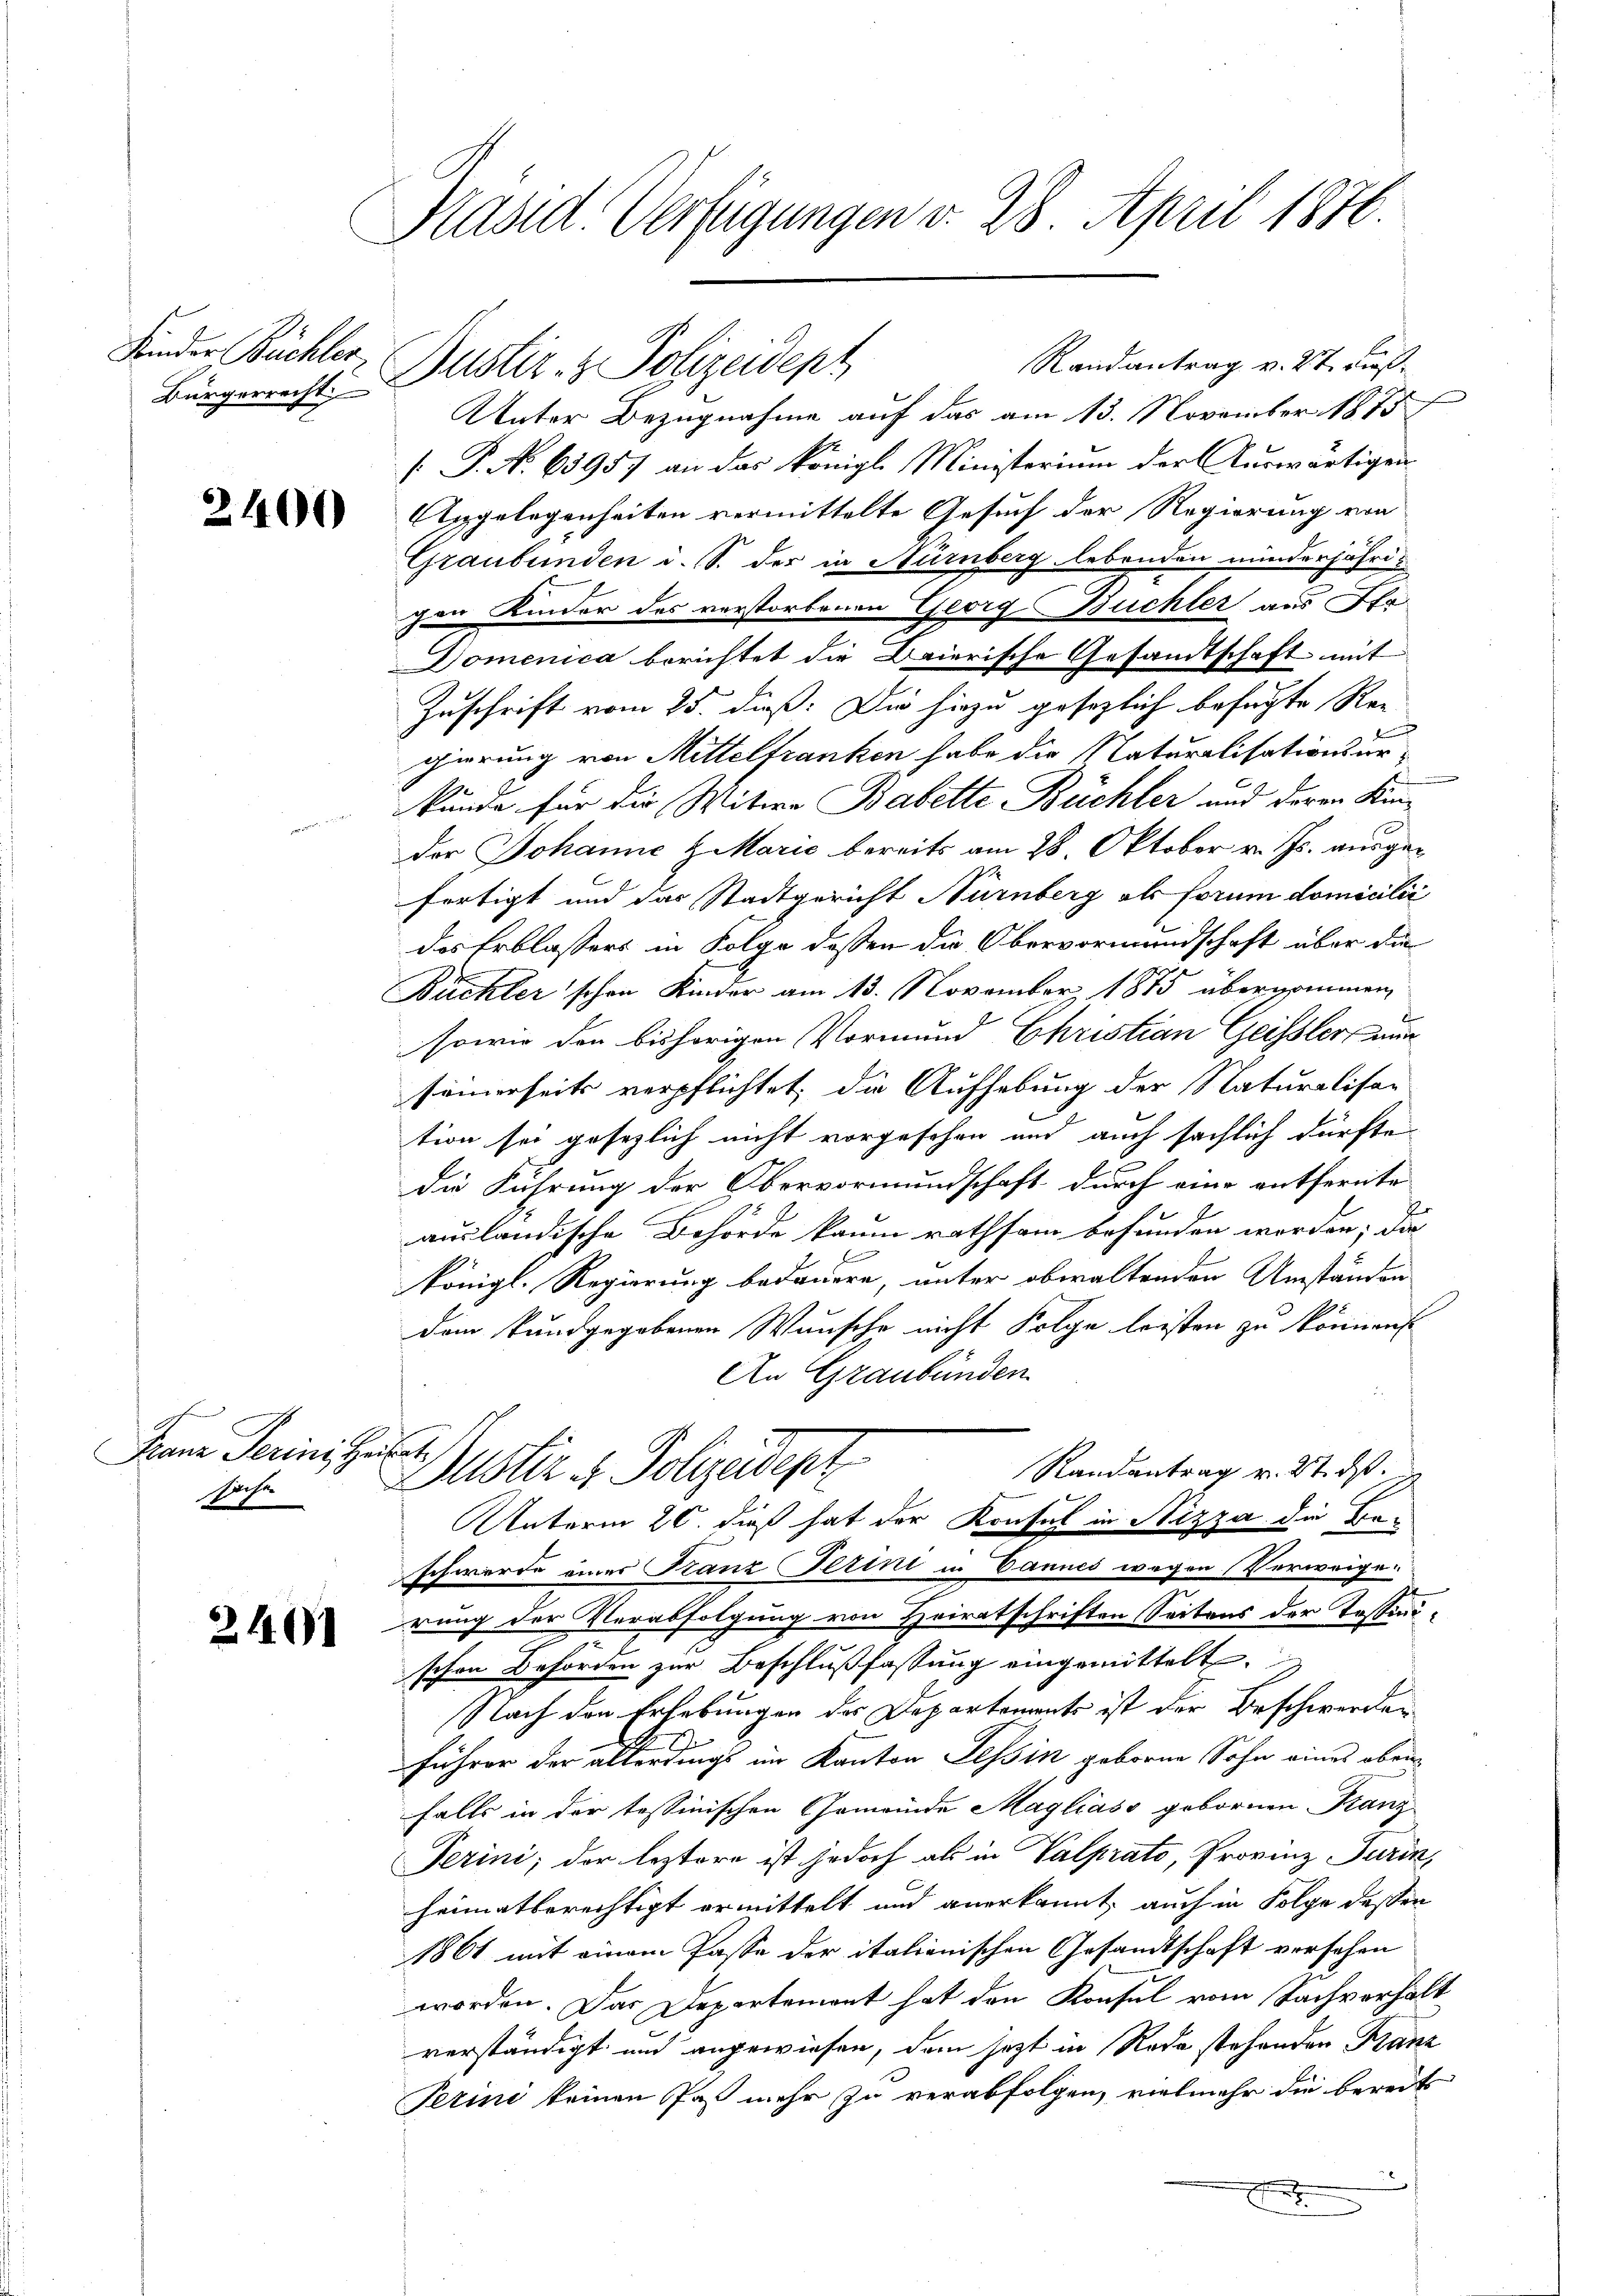
Kinder Büchler

2400

Franz Perinische
siche

2401

Präsid. Verfügungen v. 28. April 1876.

Randantrag v. 27. dieß
Unter Bezugnahme auf das am 13. November 1875
[ P. N. 65957 an das königl. Ministerium der Auswärtigen¬
Angelegenheiten vermittelte Gesuch der Regierung von
Graubünden d. S. der in Nürnberg lebenden minderjährigen Kinder des verstorbenen Georg Büchler aus Str
Domenica berichtet die Baierische Gesandtschaft mit
Zuschrift vom 25. dieß: Die hiezu gesezlich befugte Re-
gierung von Mitteltranken habe die Naturalisationsurkunde für die Witwe Babette Büchler und deren Kin¬
Der Johanne Marić bereits am 28. Oktober v. Js. ausgefertigt und das Stadtgericht Nürnberg als forum domicilii
das Erblassers in Folge dessen die Obervormundschaft über die
Büchler schon Kinder am 13. November 1875 übernommen,
sowie den bisherigen Vormund Christian Geissler un
sömmerseits verpflichtet, die Aufhebung der Naturalisa-
tion sei gesezlich nicht vorgesehen und auch sächlich dürfte.
die Führung der Obervormundschaft durch eine entfernte
ausländische Behörde kaum rathsam befunden worden; die |
königl. Regierung bedauern, unter obwaltenden Umständen
dem kundgegebenen Wunsche nicht Folge leisten zu können
An Graubünden
s
Randantrag v. 27. ds.
Dustiz & Polizeidept
Unterm 20. dieß hat der Konsul in Nizza die Baschwerde einer Franz Ferini in Dannes wegen Verweige:
rung der Verabfolgung von Heiratschriften Seitens der Tessinischen Behörden zur Beschlußfassung eingemittelt.
Nach den Erhebungen der Departements ist der Beschwerden
führer der allerdings im Kanton Tessin geborne Sohn eines oben
falls in der tessinischen Gemeinde Magliass gebornen Franz
Ferini, der leztere ist jedoch als in Valprato, Provinz Turin,
heimatberechtigt ermittelt und anerkannt, auch in Folge dessen
1861 mit einem Pässe der italienischen Gesandtschaft versehen
worden. Das Departement hat den Konsul vom Sachverhalt
verständigt und angewiesen, dem jetzt in Rede stehenden Franz
Perini keinen Paß mehr zu verabfolgen, vielmehr die bereits
e

Bürgerrechts Justiz- & Polizeidept